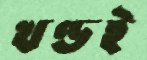
খণ্ডই